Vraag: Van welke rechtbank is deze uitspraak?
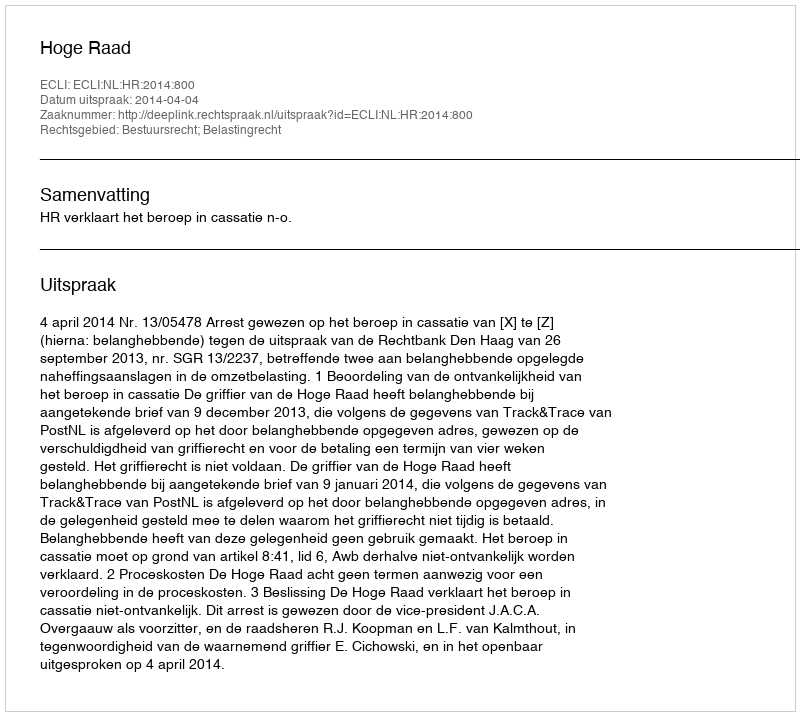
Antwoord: Hoge Raad